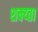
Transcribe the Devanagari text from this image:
शक्य्ता